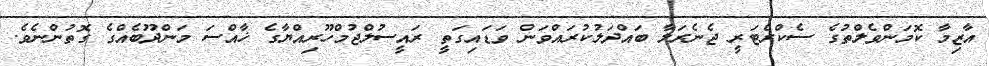
އާޒިމާ ކޮމަންވެލްތުގެ ސެކްރެޓަރީ ޖެނެރަލާ ބައްދަލުކުރައްވަން ވަޑައިގަތީ ރައީސުލްޖުމްހޫރިއްޔާގެ ޚާއްސަ މަންދޫބެއްގެ ގޮތުންނެވެ.